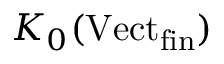
K _ { 0 } ( \mathrm { V e c t } _ { \mathrm { f i n } } )